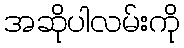
အဆိုပါလမ်းကို